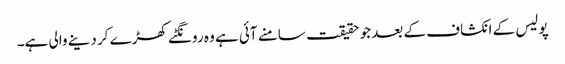
پولیس کے انکشاف کے بعد جو حقیقت سامنے آئی ہے وہ رونگٹے کھڑے کر دینے والی ہے۔